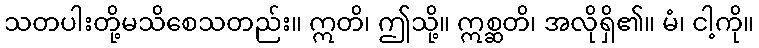
သတပါးတို့မသိစေသတည်း။ ဣတိ၊ ဤသို့။ ဣစ္ဆတိ၊ အလိုရှိ၏။ မံ၊ ငါ့ကို။